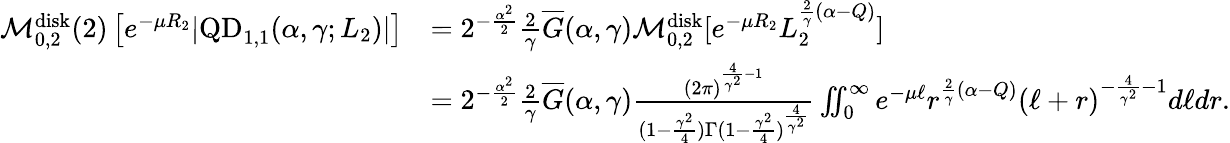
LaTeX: \begin{array}{rl}{\mathcal M_{0,2}^{\mathrm{disk}}(2)\left[e^{-\mu R_{2}}|\mathrm{QD}_{1,1}(\alpha,\gamma;L_{2})|\right]}&{=2^{-\frac{\alpha^{2}}{2}}\frac{2}{\gamma}\overline{G}(\alpha,\gamma)\mathcal M_{0,2}^{\mathrm{disk}}[e^{-\mu R_{2}}L_{2}^{\frac{2}{\gamma}(\alpha-Q)}]}\\ &{=2^{-\frac{\alpha^{2}}{2}}\frac{2}{\gamma}\overline{G}(\alpha,\gamma)\frac{(2\pi)^{\frac{4}{\gamma^{2}}-1}}{(1-\frac{\gamma^{2}}{4})\Gamma(1-\frac{\gamma^{2}}{4})^{\frac{4}{\gamma^{2}}}}\iint_{0}^{\infty}e^{-\mu\ell}r^{\frac{2}{\gamma}(\alpha-Q)}(\ell+r)^{-\frac{4}{\gamma^{2}}-1}d\ell dr.}\end{array}